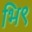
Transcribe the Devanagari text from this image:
भि९